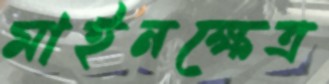
মাইনক্ষেত্র